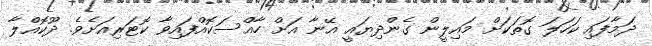
ދަމާފައި ކަހަލަ ގޮތަކަށް މައިލީން ގެންދިޔައީ އޭނާ އަށް ހާއްސަކޮއްފައިވާ ކޮޓަރިއަށެވެ. ދޫކޮއްލާ